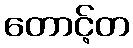
တောင့်တ